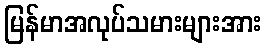
မြန်မာအလုပ်သမားများအား